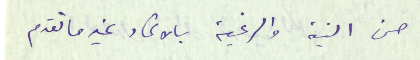
حسن النية والرغبة بالاتحاد غير ما تقدم